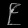
Digit: ၉